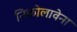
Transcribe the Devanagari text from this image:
निकोलावेना